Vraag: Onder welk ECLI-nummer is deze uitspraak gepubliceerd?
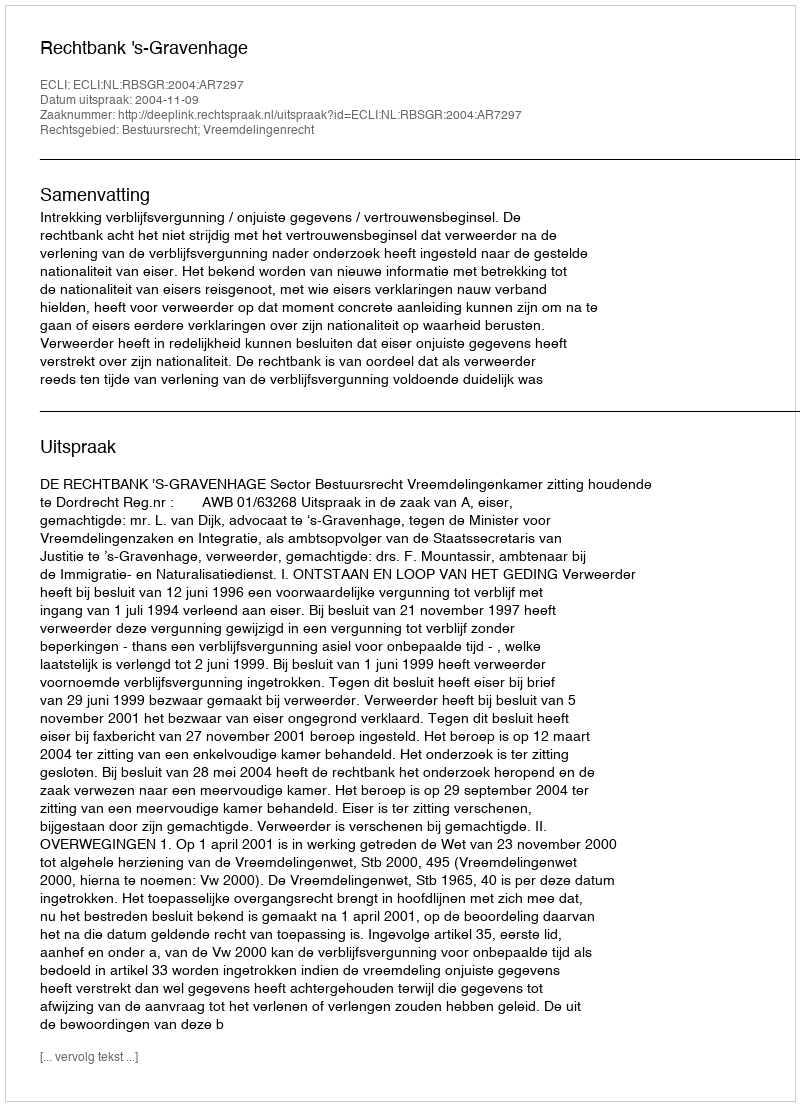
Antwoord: ECLI:NL:RBSGR:2004:AR7297